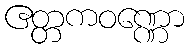
ဧတ္တကဝဏ္ဏော